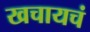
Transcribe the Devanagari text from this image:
खचायचं